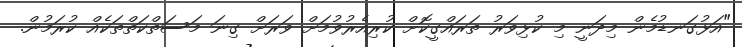
"އަޅުގަނޑުމެން މިދަނީ މި ކުޅިވަރު ތަރައްގީކޮށް ކުރިއެރުވުމަށް ވަރަށް ގިނަ މަސަތްކަތްތަކެއް ކުރަމުން.